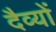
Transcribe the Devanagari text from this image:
दैव्यों